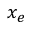
x _ { e }